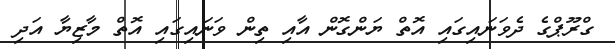
ގްރޫޕްގެ ދެވަނައިގައި އޮތް ޔަންގޮން އާއި ތިން ވަނައިގައި އޮތް މާޒިޔާ އަދި